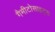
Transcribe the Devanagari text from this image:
गैमीटोसाइट्स